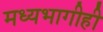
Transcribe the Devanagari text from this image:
मध्यभागीही